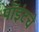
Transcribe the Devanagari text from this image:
पॉइंटचे